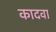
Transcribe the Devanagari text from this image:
कादवा